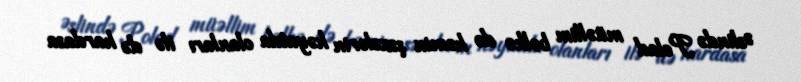
Əslində Polad müəllim bəlkə də həmin şəxslərin həyatda olanları ilə də hardasa